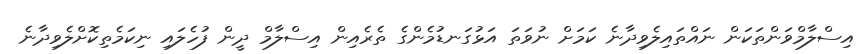
އިސްލާމްވަންތަކަން ނައްތައިލެވިދާނެ ކަމަށް ނުވަތަ އަޅުގަނޑުމެންގެ ތެރެއިން އިސްލާމް ދީން ފުހެލައި ނިކަމެތިކޮށްލެވިދާނެ